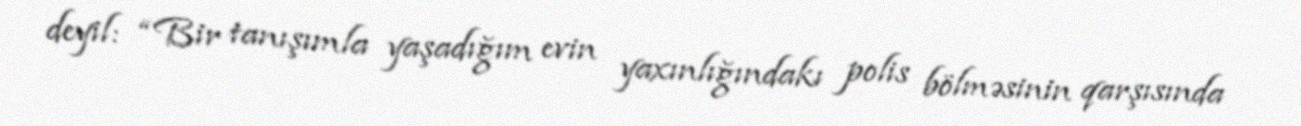
deyil: “Bir tanışımla yaşadığım evin yaxınlığındakı polis bölməsinin qarşısında